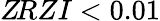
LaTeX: Z\! RZI<0.01